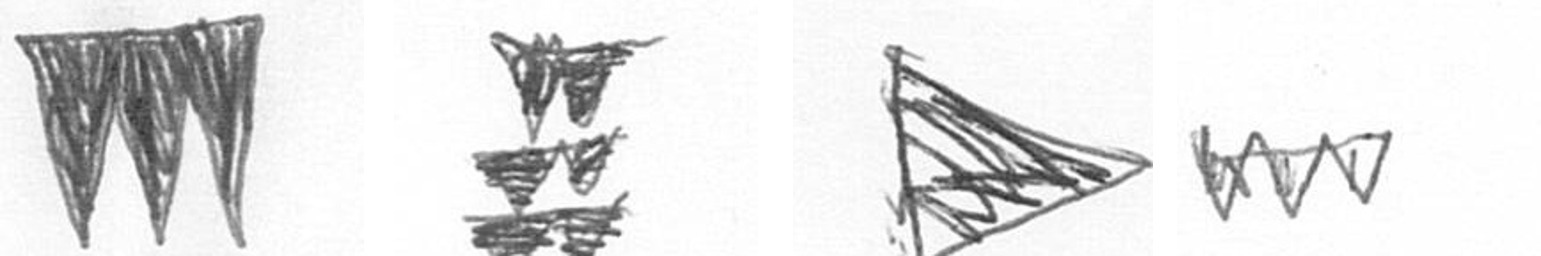
L Y T L